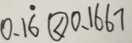
0 . 1 \dot { 6 } \textcircled { < } 0 . 1 6 6 7